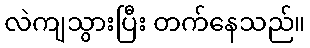
လဲကျသွားပြီး တက်နေသည်။